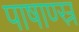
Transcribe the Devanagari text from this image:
पाषाण्स्र